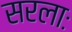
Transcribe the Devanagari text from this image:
सरलाः